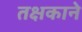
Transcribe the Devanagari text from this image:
तक्षकाने